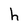
Character: h